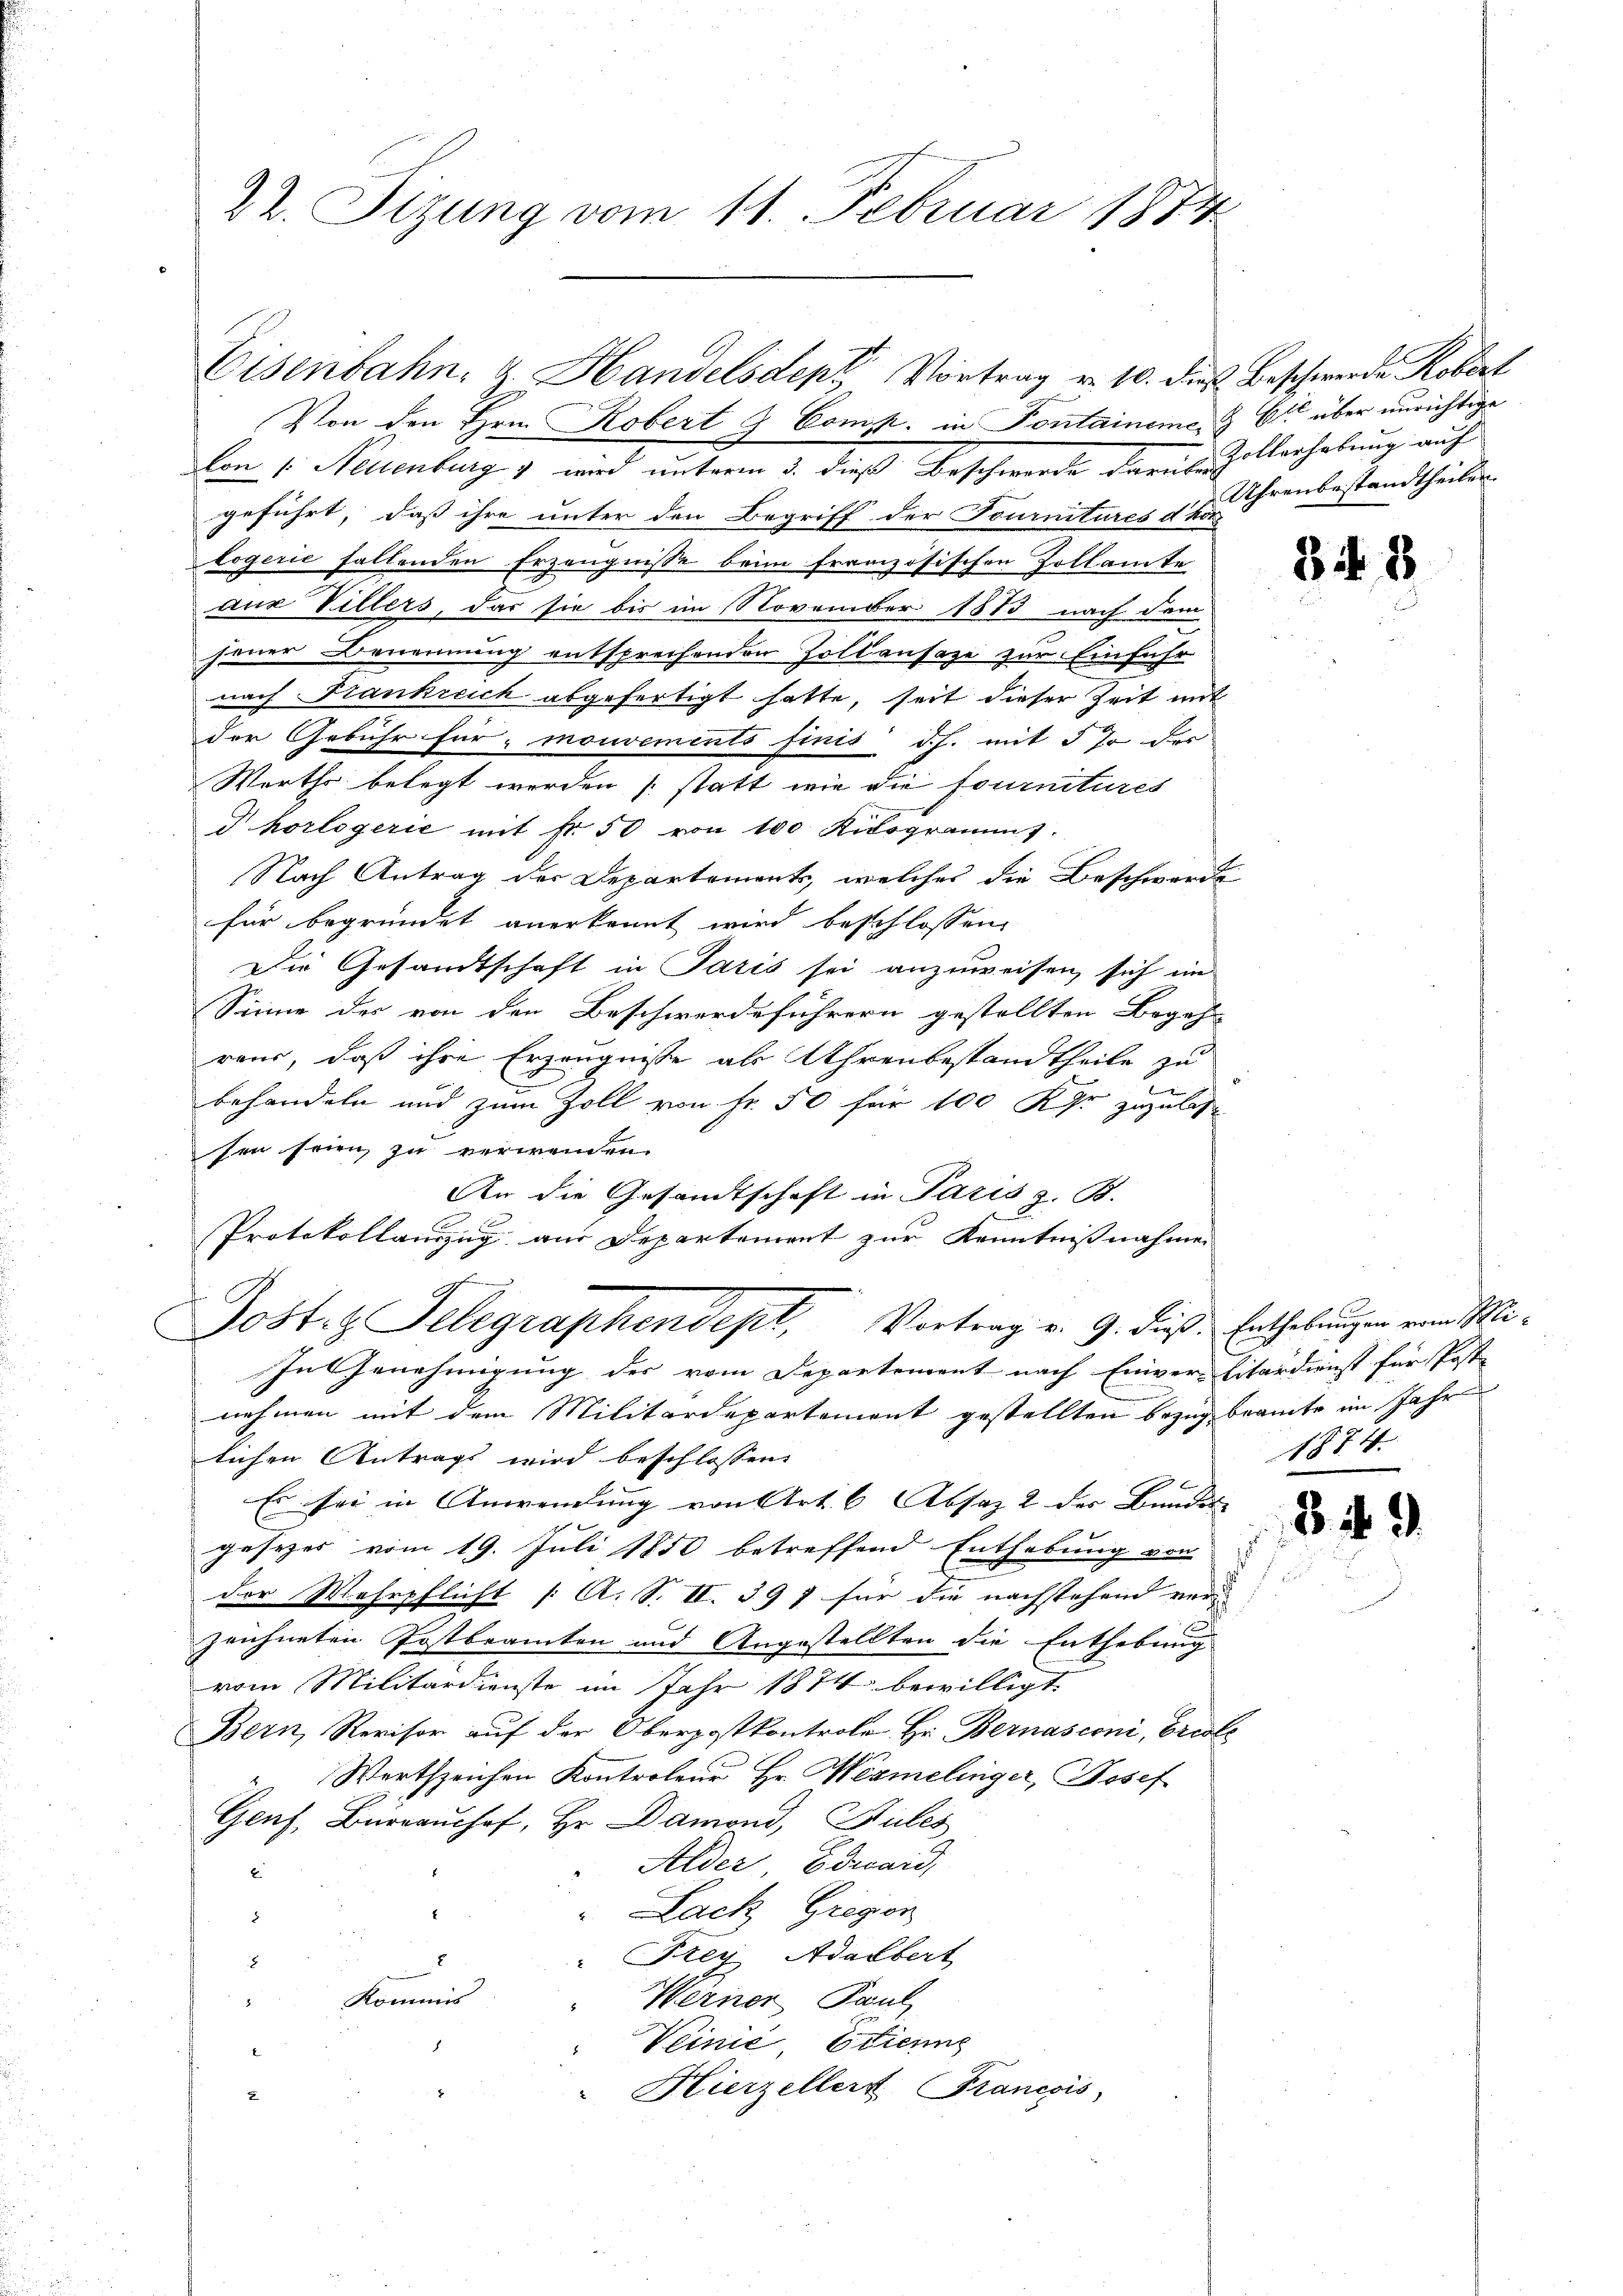
22. Sizung vom 11. Februar 1874

Eisenbahn, u. Handelsdept Vortrag v. 10. die Beschwerde Kobert
Von den Hrn. Robert G. Comp. in Pontainemen & Ott über unrichtige

Con 1. Neuenburg & wird unterm 3. dieß Beschwerde darus Zollerholung auf
geführt, daß ihre unter den Begriff der Fournitures dhot
logerie fallenden Erzeugnisse beim französischen Zollamte
aus Villers, das sie bis im November 1873 nach dem
jener Benennung entsprechenden Polkansaze zur Einführ
nach Frankreich abgefertigt hatte, seit dieser Zeit mit
der Gebühr für „mouvements finis d. h. mit 5 % der
Werths belegt werden (statt wie die fournitures
horlogerie mit fr. 50 von 100 Kilogrammt.
Nach Antrag der Departements, welches die Beschwerde
für begründet anerkennt wird beschlossen,
Die Gesandtschaft in Paris sei anzuweisen, sich un
Sinne des von den Beschwerdeführern gestellten Begehr
rens, daß ihre Erzeugnisse als Uhrenbestandtheile zu
behandeln und zum Zoll von Fr. 50 für 100 Uhr zuzulasse
sen seien zu verwenden.
An die Gesandtschaft in Paris z. B.
Protokollanzug aus Departement zur Kenntnisnahmen
.
Jostiz Telegraphendept, Vortrag v. 9. dieß: Enthebungen vom Mi¬
In Genehmigung des vom Departement nach Einver-Litärdienst für Post-
nehmen mit dem Militärdepartement gestellten Bezug beamte im Jahr
lichen Antrags wird beschlossen:
Es sei in Anwendung von Art. 6 Absaz 2 der Bundes- |
gesezes vom 19. Juli 1850 betreffend Enthebung von
der Wehrpflicht [ A. S. II. 397 für die nachstehend ver- |
zeichneten Postbeamten und Angestellten die Enthebung
vom Militärdienste im Jahr 1874 bewilligt.
Bern, Revisor auf der Oberpostkontrole Hr. Bernasconi, Erisle
Wertszeichen Kontroleur Hr. Wegmelinger, Josef
Genf, Büreaushof, Hr. Damond, Pules
Alder, Edward,
"Lach Gregor
.
" Frey Adalbert
.
Kommis
Werner Paul
9
Veinić, Etienne
Hierzellert Francois
x

Uhrenbestandtheilen.

34. 8

1874.

3. 4. 9.